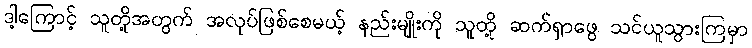
ဒါ့ကြောင့် သူတို့အတွက် အလုပ်ဖြစ်စေမယ့် နည်းမျိုးကို သူတို့ ဆက်ရှာဖွေ သင်ယူသွားကြမှာ